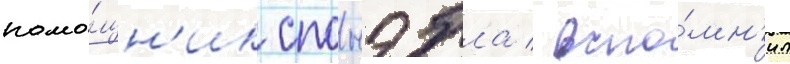
помо́щн'ик спонэбла / вспо́мн'ил